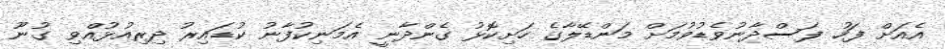
އެއަށް ފަހު ފަސްދާނުވެޑުވުމަށް މަންޑޭލާގެ ހަށިކޮޅު ގެންދާނީ އެމަނިކުފާނު ކުޑައިރު ދިރިއުޅުއްވި ގުނޫ